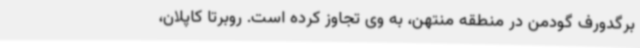
برگدورف گودمن در منطقه منتهن، به وی تجاوز کرده است. روبرتا کاپلان،